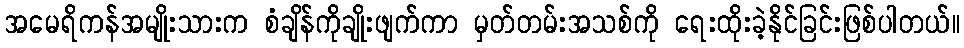
အမေရိကန်အမျိုးသားက စံချိန်ကိုချိုးဖျက်ကာ မှတ်တမ်းအသစ်ကို ရေးထိုးခဲ့နိုင်ခြင်းဖြစ်ပါတယ်။